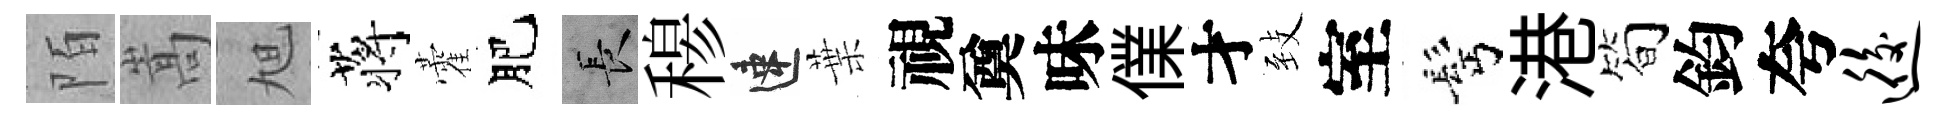
陌嵩旭蒋藿肥长𥠇速葉視奠味㒒才𦤺室髩港简鈞夸逅